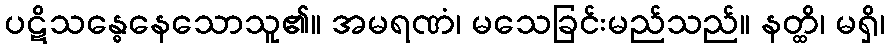
ပဋိသန္ဓေနေသောသူ၏။ အမရဏံ၊ မသေခြင်းမည်သည်။ နတ္ထိ၊ မရှိ၊